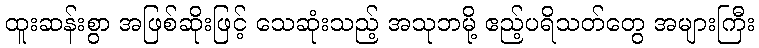
ထူးဆန်းစွာ အဖြစ်ဆိုးဖြင့် သေဆုံးသည့် အသုဘမို့ ဧည့်ပရိသတ်တွေ အများကြီး